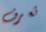
تعرف